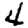
Digit: 4